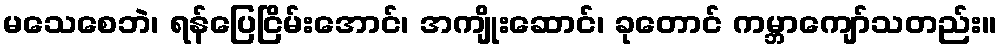
မသေစေဘဲ၊ ရန်ပြေငြိမ်းအောင်၊ အကျိုးဆောင်၊ ခုတောင် ကမ္ဘာကျော်သတည်း။